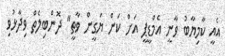
އެއީ ކާމިޔާބު ވާނީ އެމްޑީޕީ އަށް ކަން ޔަގީން ވާތީ" ދޮންބިލެތް ވިދާޅުވި